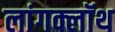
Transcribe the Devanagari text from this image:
लांगक्लॉथ